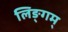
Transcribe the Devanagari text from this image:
लिङ्गम्‌